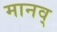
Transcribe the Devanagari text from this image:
मानव्